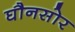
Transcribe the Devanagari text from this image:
घौनसोर